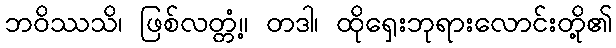
ဘဝိဿသိ၊ ဖြစ်လတ္တံ့။ တဒါ၊ ထိုရှေးဘုရားလောင်းတို့၏